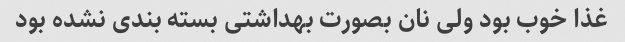
غذا خوب بود ولی نان بصورت بهداشتی بسته بندی نشده بود